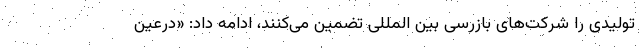
تولیدی را شرکت‌های بازرسی بین المللی تضمین می‌کنند، ادامه داد: «درعین